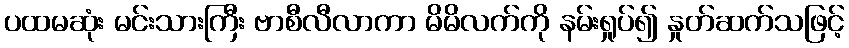
ပထမဆုံး မင်းသားကြီး ဗာစီလီလာကာ မိမိလက်ကို နမ်းရှုပ်၍ နှုတ်ဆက်သဖြင့်